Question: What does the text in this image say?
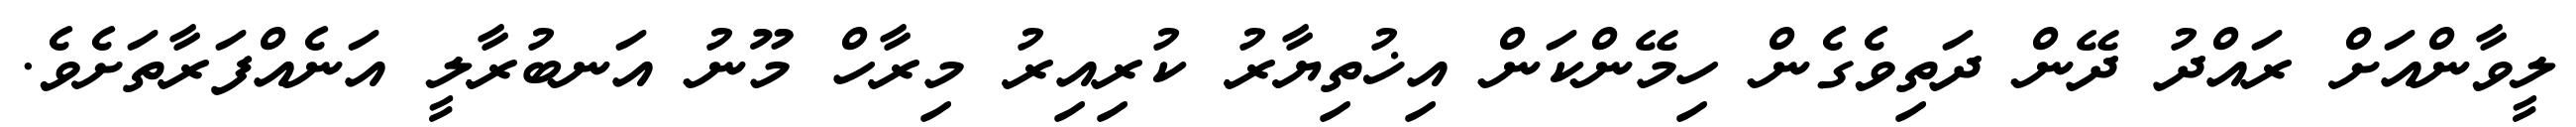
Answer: ލީވާންއަށް ރައްދު ދޭން ދަތިވެގެން ހިމޭންކަން އިޚުތިޔާރު ކުރިއިރު މިރާހް މޫނު އަނބުރާލީ އަނެއްފަރާތަށެވެ.